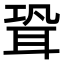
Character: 聓